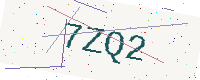
Text: 7ZQ2